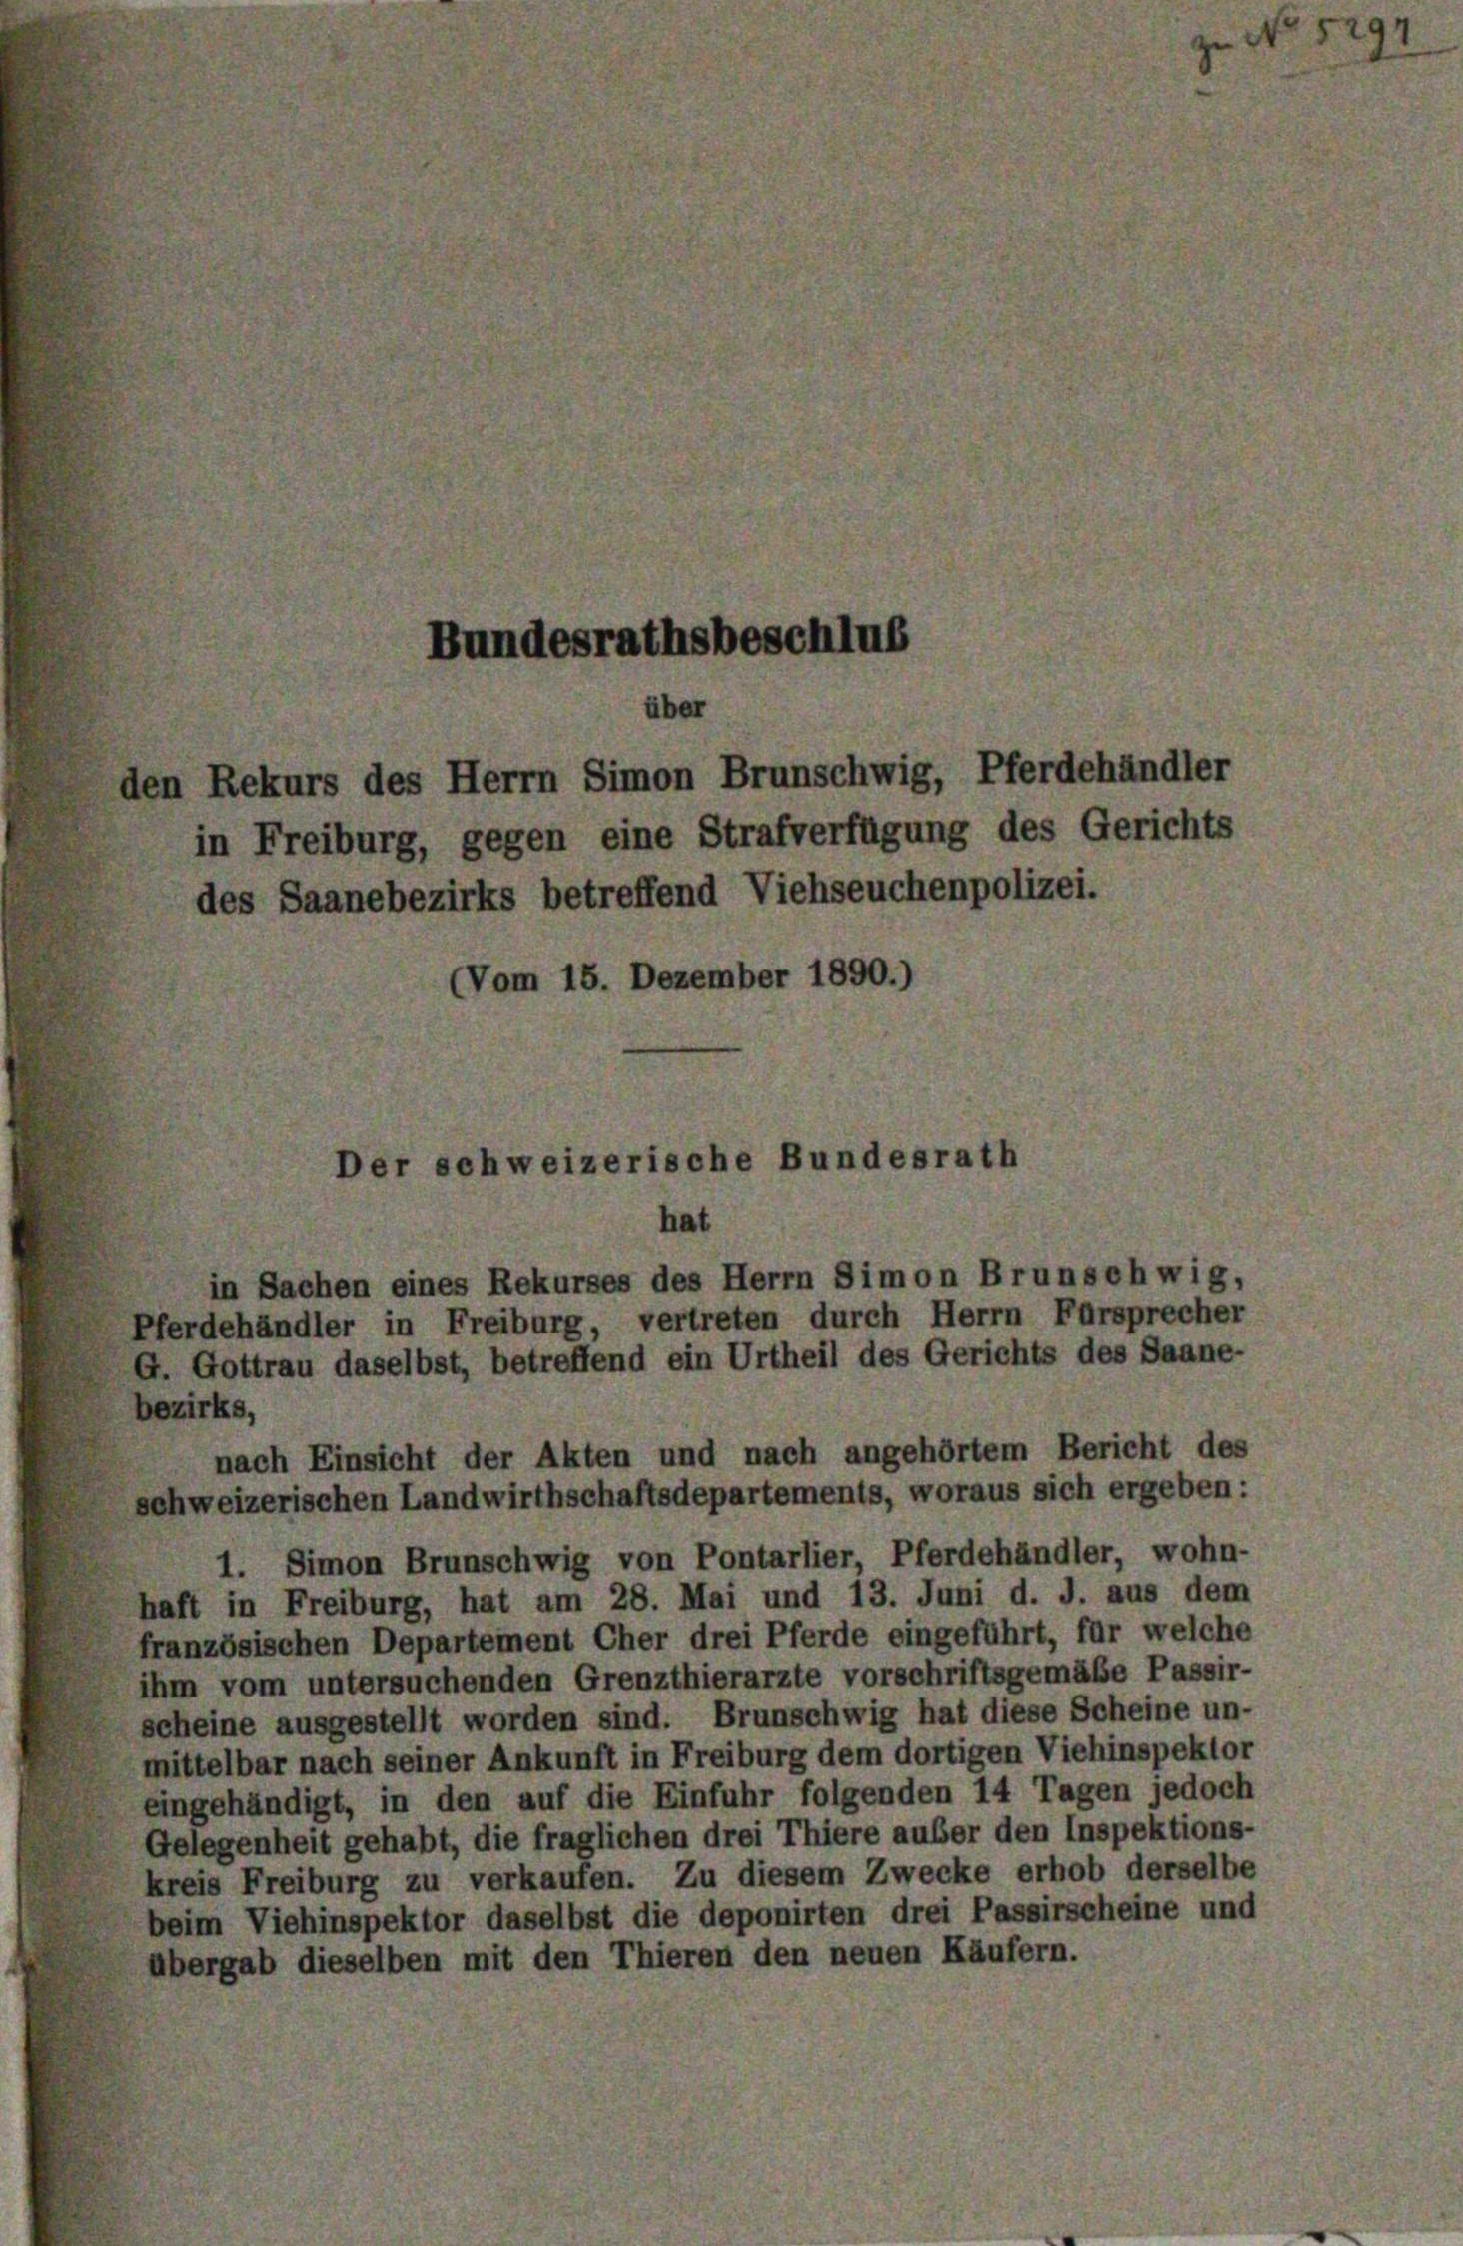
Bundesrathsbeschlus
über
den Rekurs des Herrn Simon Brunschwig, Pferdehändler
in Freiburg, gegen eine Strafverfügung des Gerichts
des Saanebezirks betreffend Viehseuchenpolizei.
(Vom 15. Dezember 1890.)

Der schweizerische Bundesrath
hat

in Sachen eines Rekurses des Herrn Simon Brunschwig,
Pferdehändler in Freiburg, vertreten durch Herrn Fürsprecher
G. Gottrau daselbst, betreffend ein Urtheil des Gerichts des Saane-
bezirks,
nach Einsicht der Akten und nach angehörtem Bericht des
schweizerischen Landwirthschaftsdepartements, woraus sich ergeben:
1. Simon Brunschwig von Pontarlier, Pferdehändler, wohn-
haft in Freiburg, hat am 28. Mai und 13. Juni d. J. aus dem
französischen Departement Cher drei Pferde eingeführt, für welche
ihm vom untersuchenden Grenzthierarzte vorschriftsgemäße Passir-
scheine ausgestellt worden sind. Brunschwig hat diese Scheine un-
mittelbar nach seiner Ankunft in Freiburg dem dortigen Viehinspektor
eingehändigt, in den auf die Einfuhr folgenden 14 Tagen jedoch
Gelegenheit gehabt, die fraglichen drei Thiere außer den Inspektions-
kreis Freiburg zu verkaufen. Zu diesem Zwecke erhob derselbe
beim Viehinspektor daselbst die deponirten drei Passirscheine und
übergab dieselben mit den Thieren den neuen Käufern.

5294